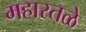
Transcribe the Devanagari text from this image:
महारतळे